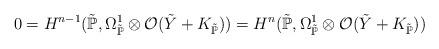
LaTeX: \begin{align*} 0 = H^{n-1}(\tilde{\mathbb{P}}, \Omega_{\tilde{\mathbb{P}}}^1 \otimes \mathcal{O}(\tilde{Y} + K_{\tilde{\mathbb{P}}})) = H^{n}(\tilde{\mathbb{P}}, \Omega_{\tilde{\mathbb{P}}}^1 \otimes \mathcal{O}(\tilde{Y} + K_{\tilde{\mathbb{P}}}))\end{align*}